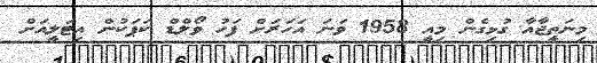
މިނަތީޖާއާ ގުޅިގެން މިއީ 1958 ވަނަ އަހަރަށް ފަހު ވޯލްޑް ކަޕަކުން އިޓަލީއަށް